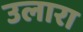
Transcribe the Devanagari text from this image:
उलारा